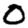
Digit: 0